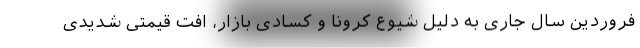
فروردین سال جاری به دلیل شیوع کرونا و کسادی بازار، افت قیمتی شدیدی